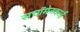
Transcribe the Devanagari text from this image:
सचॉमेनकाई